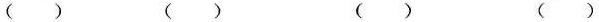
( ) ( ) ( ) ( )